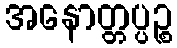
အနောတ္တပ္ပဉ္စ